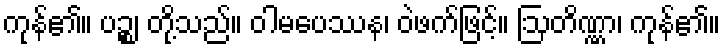
ကုန်၏။ ပဉ္စ၊ တို့သည်။ ဝါမပေဿန၊ ဝဲဖက်ဖြင့်။ ဩတိဏ္ဏာ၊ ကုန်၏။